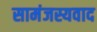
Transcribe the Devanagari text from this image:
सामंजस्यवाद